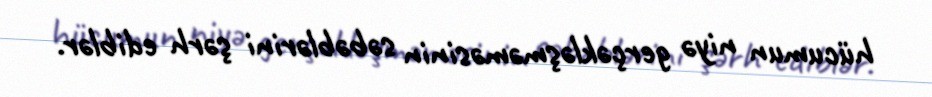
hücumun niyə gerçəkləşməməsinin səbəblərini şərh ediblər.